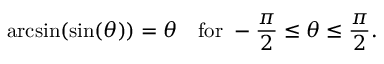
\arcsin ( \sin ( \theta ) ) = \theta \quad { \mathrm { f o r ~ } } - { \frac { \pi } { 2 } } \leq \theta \leq { \frac { \pi } { 2 } } .